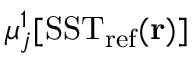
\mu _ { j } ^ { 1 } [ \mathrm { S S T } _ { \mathrm { r e f } } ( \mathbf { r } ) ]